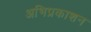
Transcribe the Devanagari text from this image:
अभिप्रकाशन